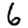
Digit: 6